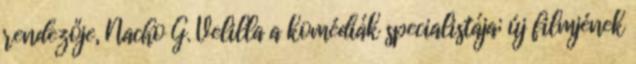
rendezője, Nacho G. Velilla a komédiák specialistája; új filmjének